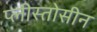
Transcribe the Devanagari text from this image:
प्लीस्तोसीन